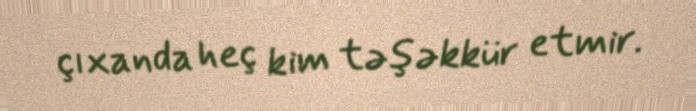
çıxanda heç kim təşəkkür etmir.